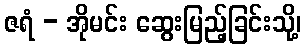
ဇရံ - အိုမင်း ဆွေးမြည့်ခြင်းသို့၊